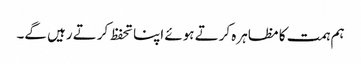
ہم ہمت کا مظاہرہ کرتے ہوئے اپنا تحفظ کرتے رہیں گے۔